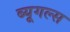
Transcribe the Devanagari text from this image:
ब्यूगल्स